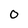
Character: 0